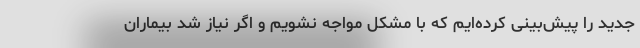
جدید را پیش‌بینی کرده‌ایم که با مشکل مواجه نشویم و اگر نیاز شد بیماران